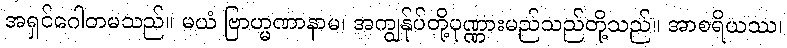
အရှင်ဂေါတမသည်။ မယံ ဗြာဟ္မဏာနာမ၊ အကျွန်ုပ်တို့ပုဏ္ဏားမည်သည်တို့သည်။ အာစရိယဿ၊